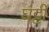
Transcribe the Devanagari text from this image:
घट्टी